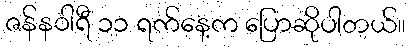
ဇန်နဝါရီ ၁၁ ရက်နေ့က ပြောဆိုပါတယ်။